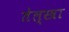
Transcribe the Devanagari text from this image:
तेल्स्त्रा